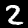
Digit: 2